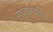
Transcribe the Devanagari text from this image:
राज्यस्तरिय